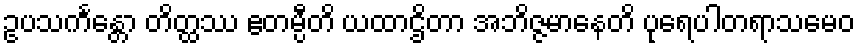
ဥပသင်္ကန္တော တိတ္ထဿ ဧတမ္ပီတိ ယထာဌိတာ အဘိဇ္ဇမာနေတိ ပုရေပါတရာသမေဝ